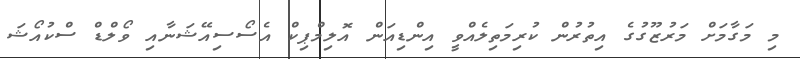
މި މަގާމަށް މަރުޒޫގުގެ އިތުރުން ކުރިމަތިލެއްވީ އިންޑިއަން އޮލިމްޕިކް އެސޯސިއޭޝަނާއި ވޯލްޑް ސްކުއޯޝަ